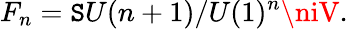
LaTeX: F_{n}=\mathtt{S}U(n+1)/U(1)^{n}\niV.